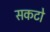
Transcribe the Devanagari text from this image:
सकटो